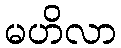
မဟိလာ